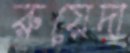
রুয়েদা